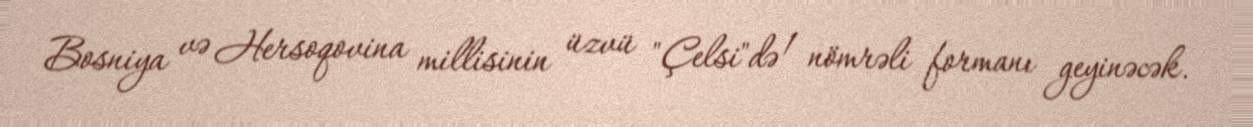
Bosniya və Hersoqovina millisinin üzvü "Çelsi"də 1 nömrəli formanı geyinəcək.